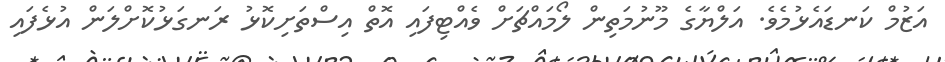
އަޒުމް ކަނޑައެޅުމެވެ. އަލްޔާގެ މޫނުމަތިން ލޯމައްޗަށް ވެއްޓިފައި އޮތް އިސްތަށިކޮޅު ރަނގަޅުކޮށްލަން އުޅެފައި